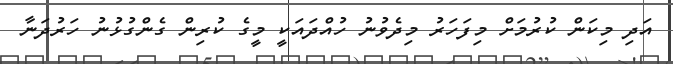
އަދި މިކަން ކުރުމަށް މިފަހަރު މިދެވުނު ހުއްދައަކީ މީގެ ކުރިން ގެންގުޅުނު ހަރުދަނާ